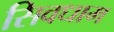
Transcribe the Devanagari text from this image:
सिवधाम